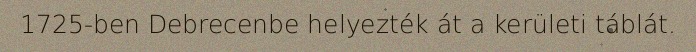
1725-ben Debrecenbe helyezték át a kerületi táblát.